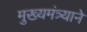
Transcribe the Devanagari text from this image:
मुख्यमंत्र्याने